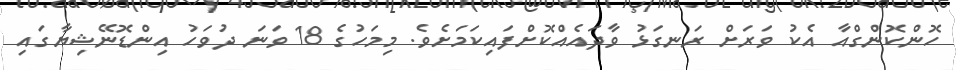
ހޮންކޮންގްއާ އެކު ވަރަށް ރަނގަޅު ވާދައެއްކޮށްފައިކަމަށެވެ. މިމަހުގެ 18 ވަނަ ދުވަހު އިންޑޮނޭޝިޔާގައި